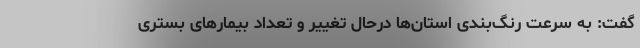
گفت: به سرعت رنگ‌بندی استان‌ها درحال تغییر و تعداد بیمارهای بستری‌